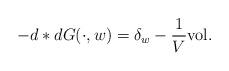
LaTeX: \begin{align*}-d* dG(\cdot,w)=\delta_w- \frac{1}{V}{\rm {vol}}.\end{align*}